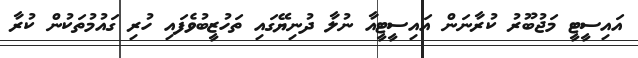
އައިސީޓީ މަޖުބޫރު ކުރާނަން އައިސީޓީއާ ނުލާ ދުނިޔޭގައި ތަހުޒީބުވެފައި ހުރި ގައުމުތަކުން ކުރާ